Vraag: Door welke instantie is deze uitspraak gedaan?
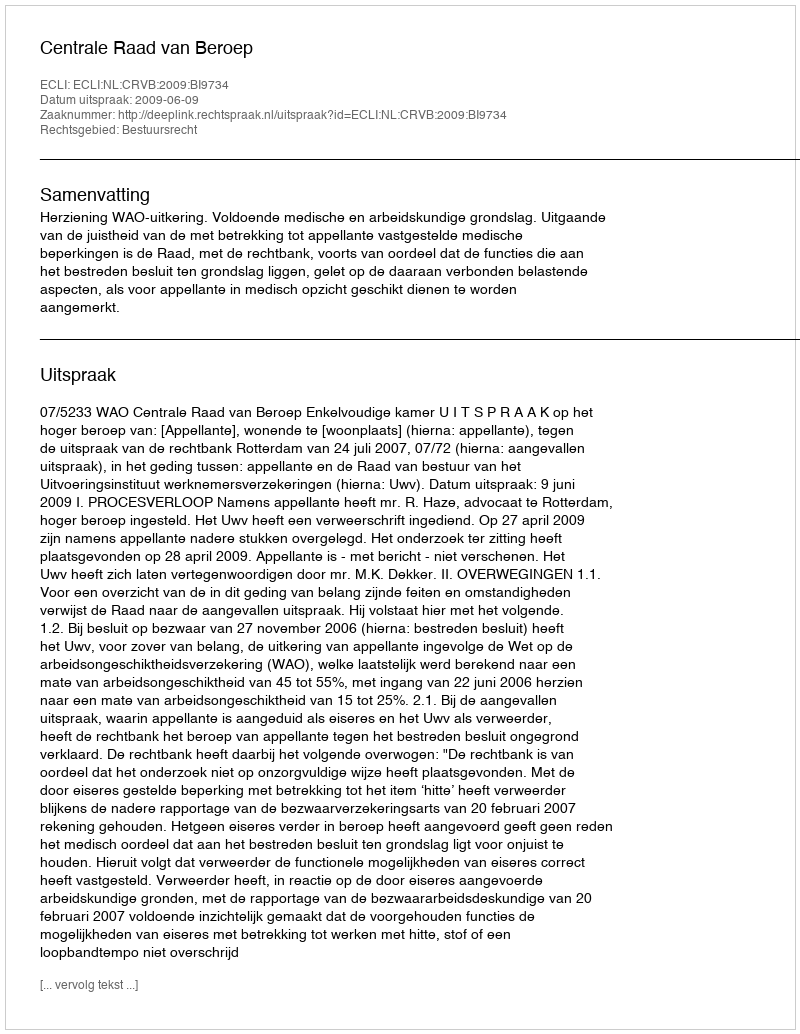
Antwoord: Centrale Raad van Beroep